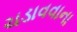
ચડાવવાના